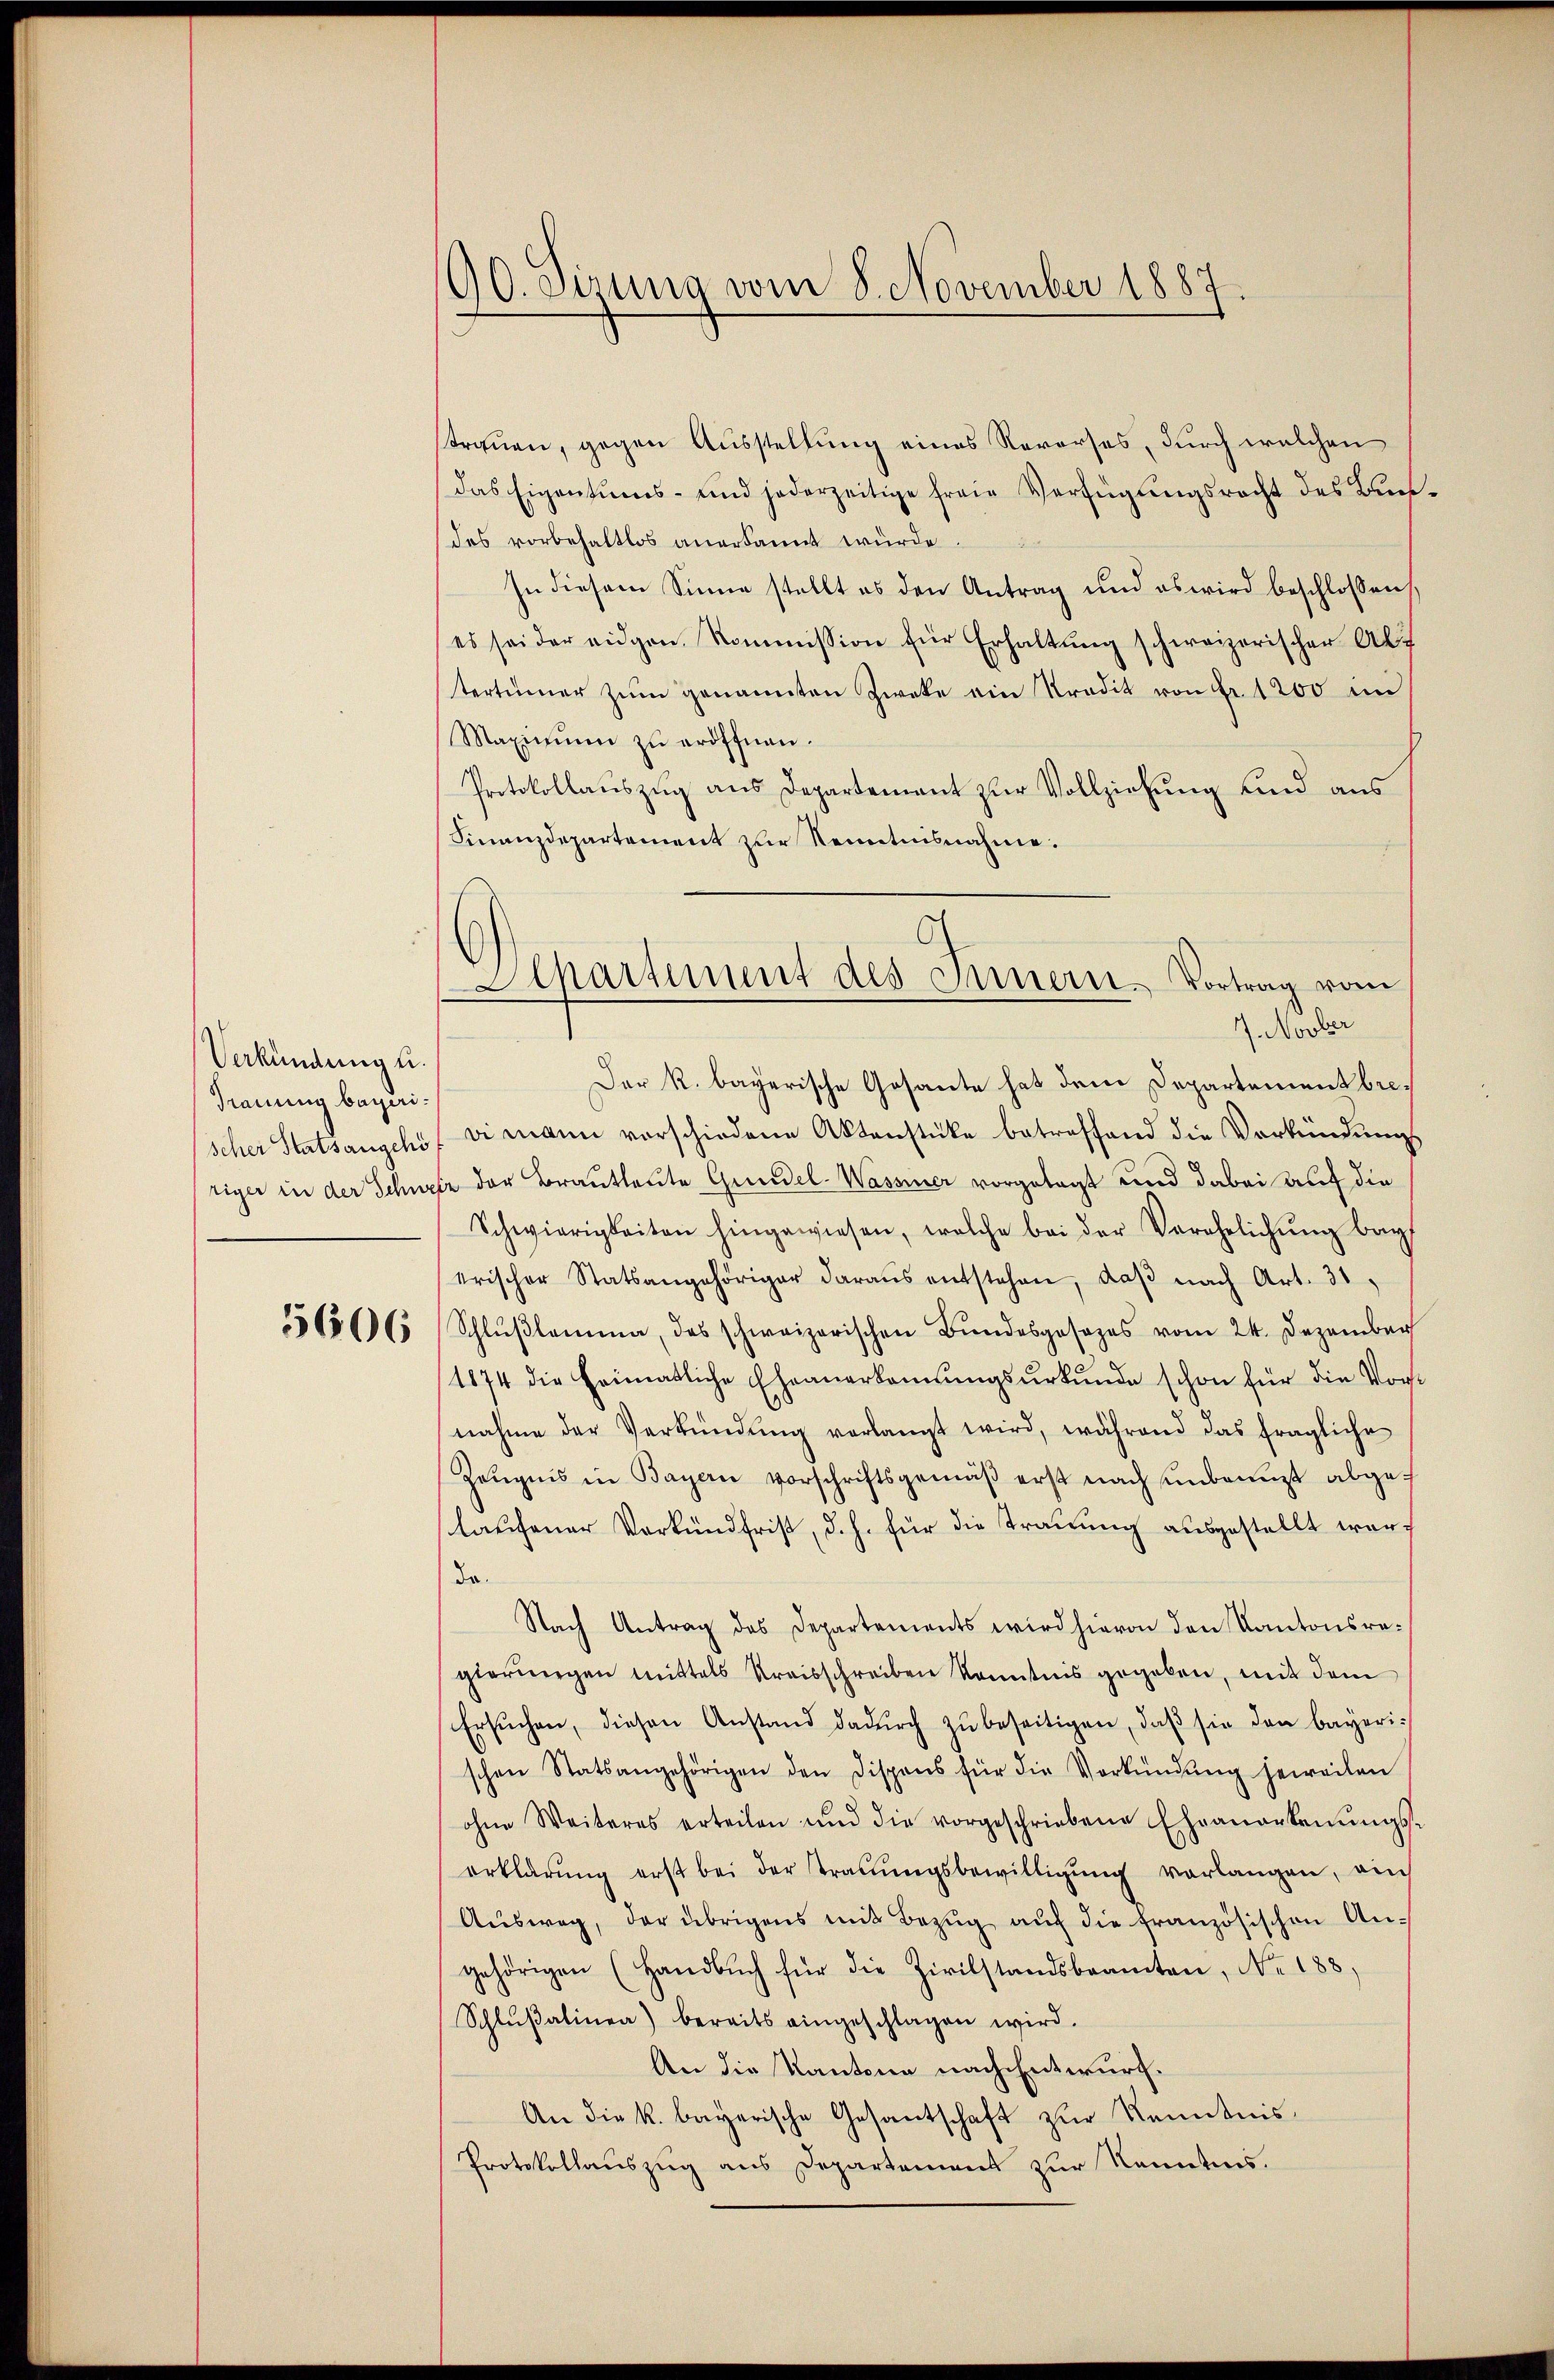
Verkündung u.
Trauung bayeri¬

90. Sizung vom 8. November 1887

strauen, gegen Ausstellung eines Reverses, durch welchen
Das Eigentums- und jederzeitige freie Verfügungsrecht des Bet
des vorbehaltlos anerkannt würde.
In diesem Sinne stellt es den Antrag und es wird beschlossen:
es sei der eidgen. Kommission für Erhaltŭng schweizerischer Abs
tertümer zŭm genannten Zweke ein Tradit von fr. 1200 in
Maximŭm zŭ eröffnen.
Protokollauszug aus Departement zur Vollziehung und aus
Finanzdepartement zur Kenntnisnahme.
Der R. bayerische Gesante hat dem Departementbrescher Statsangehs, vi mann vorschiedene Aktenstücke betreffend die Verkündungs
riger in der Schweiz der Brautleute Gundel-Wassiner vorgelegt und dabei auf die
Schwierigkeiten hingewiesen, welche bei der Verehelichŭng bey
erischer Statsangehöriger daraus entstehen, daβ nach Art. 31,
556506 Schlŭβlamma, das schweizerischen Bŭndesgesezes vom 24. Dezember
1874 die Heimatliche Eheanerkamtungsurkunde schon für die Vor
nahme der Verkündŭng verlangt wird, während das fragliche
Zeŭgnis in Bayern vorschriftsgemäβ erst nach unbenuzt abgeslaufener Verkundfrist, d. h. für die Trauung ausgestellt werdo.
Nach Antrag des Departements wird hievon den Kantonsregierŭngen mittels Kreisschreiben konntnis gegeben, mit dem
Ersŭchen, diesen Anstand dadŭrch zŭ beseitigen, daβ sie den bayerischen Statsangehörigen den dispons für die Verkündŭng jeweilen
ohne Weiteres erteilen und die vorgeschriebene Ehranerkenŭngs-
erklärŭng erst bei der traŭŭngsbewilligŭng verlangen, ein
Aŭsweg, der übrigens mit Bezŭg aŭf die französischen An-
gehörigen (Handbŭch für die Zivilstandsbeamten, No. 188
Schlŭβalinen) bereits eingeschlagen wird.
An die Kantone nach Entwurf.
An die k. bayerische Gesantschaft zur Kenntnis¬
Protokollauszug aus Departement zur Kenntnis.

Separtiment des Innern. Vortrag vom
7. Novber